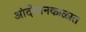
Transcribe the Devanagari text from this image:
आंदोलनकाळात